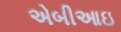
એબીઆઇ